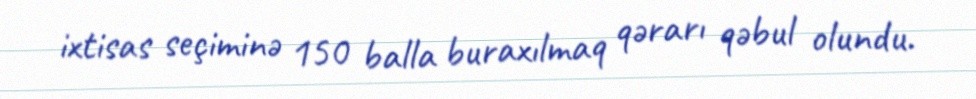
ixtisas seçiminə 150 balla buraxılmaq qərarı qəbul olundu.